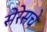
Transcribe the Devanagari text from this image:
सेरेसचे